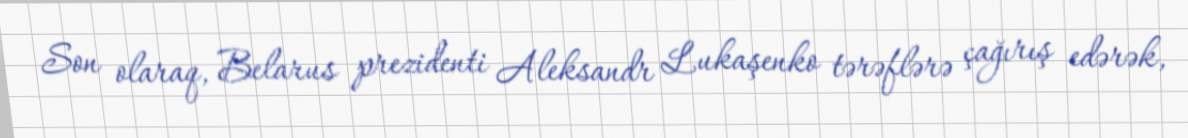
Son olaraq, Belarus prezidenti Aleksandr Lukaşenko tərəflərə çağırış edərək,